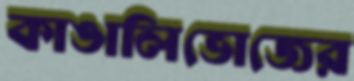
কাঙালিভোজের